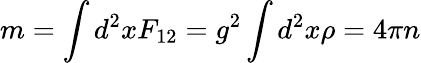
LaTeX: m=\int d^{2}xF_{12}=g^{2}\int d^{2}x\rho=4\pi n